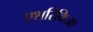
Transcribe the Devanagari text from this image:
एशरिकिआ